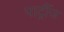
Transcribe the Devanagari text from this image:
पार्ट्रीज